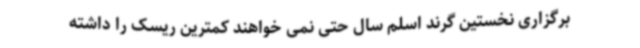
برگزاری نخستین گرند اسلم سال حتی نمی خواهند کمترین ریسک را داشته